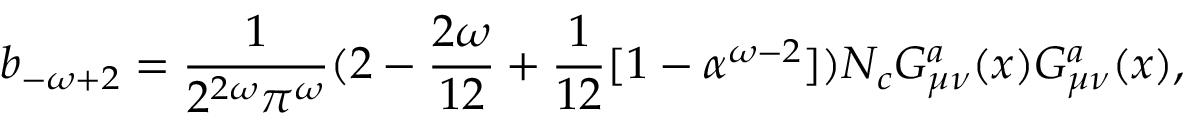
b _ { - \omega + 2 } = \frac { 1 } { 2 ^ { 2 \omega } \pi ^ { \omega } } ( 2 - \frac { 2 \omega } { 1 2 } + \frac { 1 } { 1 2 } [ 1 - \alpha ^ { \omega - 2 } ] ) N _ { c } G _ { \mu \nu } ^ { a } ( x ) G _ { \mu \nu } ^ { a } ( x ) ,